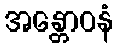
အန္တောဝနံ